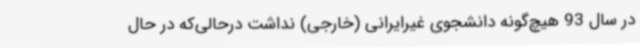
در سال 93 هیچ‌گونه دانشجوی غیرایرانی (خارجی) نداشت درحالی‌که در حال